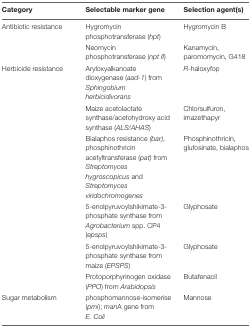
<table><thead><tr><td><b>Category</b></td><td><b>Selectable marker gene</b></td><td><b>Selection agent(s)</b></td></tr></thead><tbody><tr><td>Antibiotic resistance</td><td>Hygromycin phosphotransferase (<i>hpt</i>)</td><td>Hygromycin B</td></tr><tr><td></td><td>Neomycin phosphotransferase (<i>npt II</i>)</td><td>Kanamycin, paromomycin, G418</td></tr><tr><td>Herbicide resistance</td><td>Aryloxyalkanoate dioxygenase (<i>aad-1</i>) from <i>Sphingobium herbicidivorans</i></td><td><i>R</i>-haloxyfop</td></tr><tr><td></td><td>Maize acetolactate synthase/acetohydroxy acid synthase (<i>ALS/AHAS</i>)</td><td>Chlorsulfuron, imazethapyr</td></tr><tr><td></td><td>Bialaphos resistance <i>(bar)</i>, phosphinothricin acetyltransferase (<i>pat)</i> from <i>Streptomyces hygroscopicus</i> and <i>Streptomyces viridochromogenes</i></td><td>Phosphinothricin, glufosinate, bialaphos</td></tr><tr><td></td><td>5-enolpyruvoylshikimate-3-phosphate synthase from <i>Agrobacterium</i> spp. CP4 (<i>epsps</i>)</td><td>Glyphosate</td></tr><tr><td></td><td>5-enolpyruvoylshikimate-3-phosphate synthase from maize (<i>EPSPS</i>)</td><td>Glyphosate</td></tr><tr><td></td><td>Protoporphyrinogen oxidase (<i>PPO</i>) from <i>Arabidopsis</i></td><td>Butafenacil</td></tr><tr><td>Sugar metabolism</td><td>phosphomannose-isomerise (<i>pmi</i>); <i>man</i>A gene from <i>E. Coli</i></td><td>Mannose</td></tr></tbody></table>